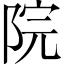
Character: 院